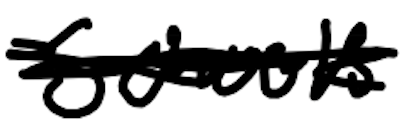
Text: schools,
Cross-out: scratch
Writing tool: digital_black